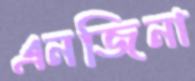
এনজিনা